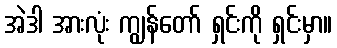
အဲဒါ အားလုံး ကျွန်တော် ရှင်းကို ရှင်းမှာ။